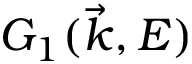
G _ { 1 } ( \vec { k } , E )